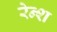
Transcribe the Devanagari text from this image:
रेन्श